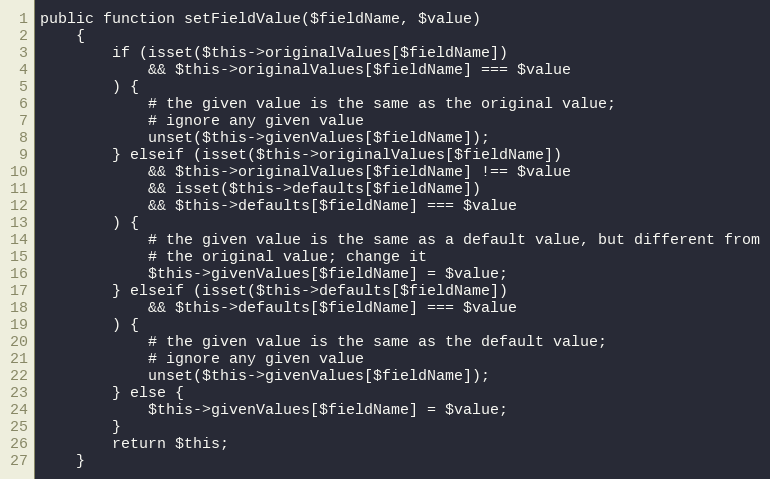
Language: PHP
public function setFieldValue($fieldName, $value)
    {
        if (isset($this->originalValues[$fieldName])
            && $this->originalValues[$fieldName] === $value
        ) {
            # the given value is the same as the original value;
            # ignore any given value
            unset($this->givenValues[$fieldName]);
        } elseif (isset($this->originalValues[$fieldName])
            && $this->originalValues[$fieldName] !== $value
            && isset($this->defaults[$fieldName])
            && $this->defaults[$fieldName] === $value
        ) {
            # the given value is the same as a default value, but different from
            # the original value; change it
            $this->givenValues[$fieldName] = $value;
        } elseif (isset($this->defaults[$fieldName])
            && $this->defaults[$fieldName] === $value
        ) {
            # the given value is the same as the default value;
            # ignore any given value
            unset($this->givenValues[$fieldName]);
        } else {
            $this->givenValues[$fieldName] = $value;
        }
        return $this;
    }